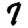
Digit: 7